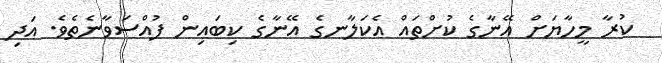
ކުރާ މީހާޔަށް އޭނާގެ ކުށްތައް އެކަލާނގެ އޭނާގެ ކިބައިން ފުއްސަވާނެތެވެ. އަދި